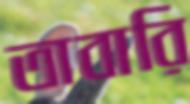
তাবারি